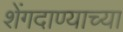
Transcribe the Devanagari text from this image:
शेंगदाण्याच्या